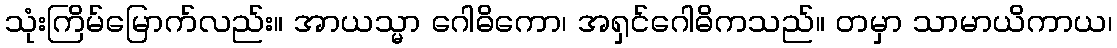
သုံးကြိမ်မြောက်လည်း။ အာယသ္မာ ဂေါဓိကော၊ အရှင်ဂေါဓိကသည်။ တမှာ သာမာယိကာယ၊